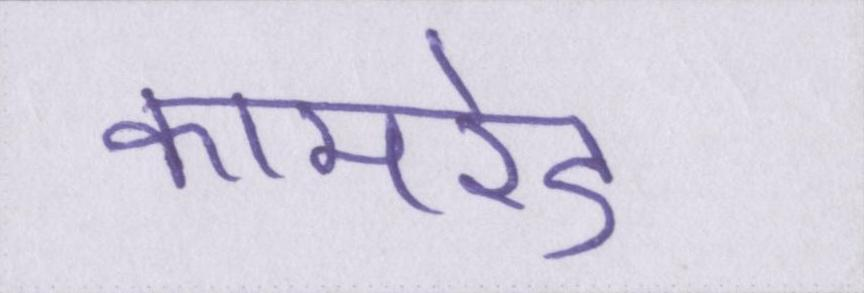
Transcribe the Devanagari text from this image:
कामरेड